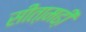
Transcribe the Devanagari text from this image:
सीता़मढी़